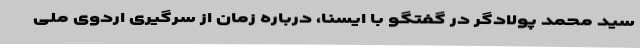
سید محمد پولادگر در گفتگو با ایسنا، درباره زمان از سرگیری اردوی ملی